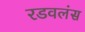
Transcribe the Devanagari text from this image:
रडवलंस